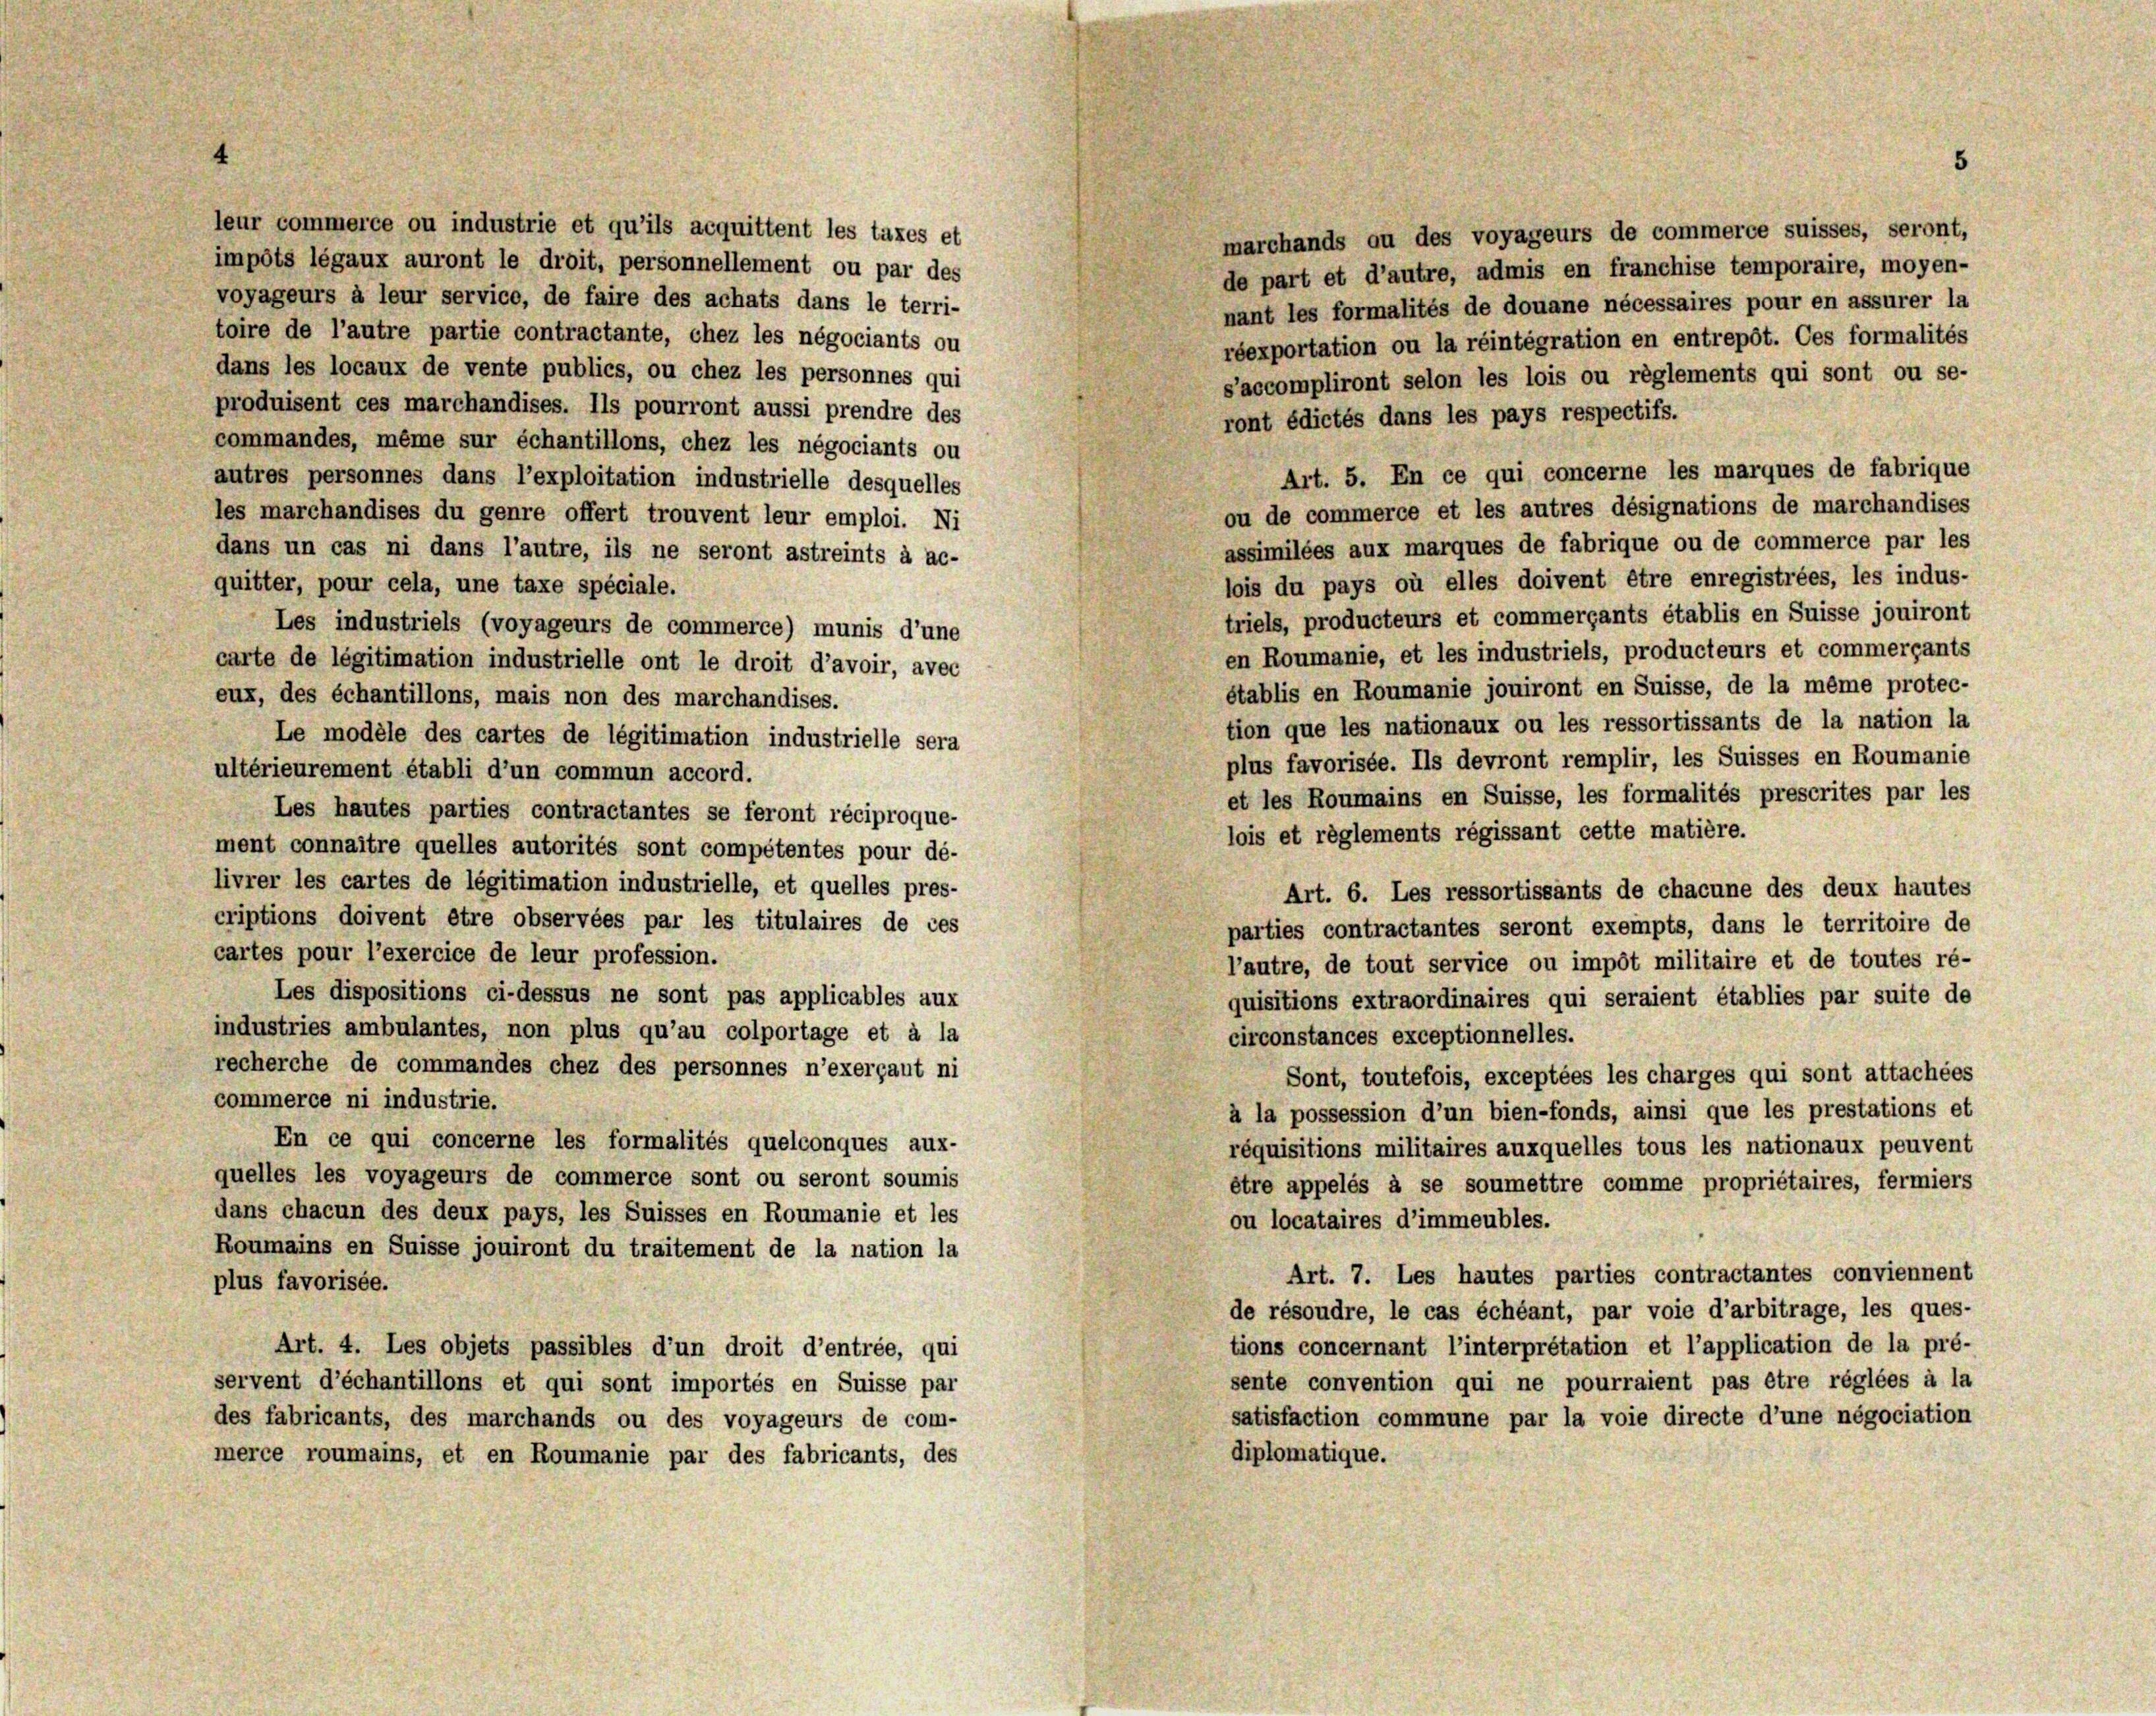
5

leur commerce ou industrie et qu’ils acquittent les taxes et
impôts légaux auront le droit, personnellement ou par des
voyageurs à leur service, de faire des achats dans le terri-
toire de l’autre partie contractante, chez les négociants ou
dans les locaux de vente publics, ou chez les personnes qui
produisent ces marchandises. Ils pourront aussi prendre des
ront édictés dans les pays respectifs.
commandes, même sur échantillons, chez les négociants ou
Art. 5. En ce qui concerne les marques de fabrique
autres personnes dans l’exploitation industrielle desquelles
ou de commerce et les autres désignations de marchandises
les marchandises du genre offert trouvent leur emploi. Ni
assimilées aux marques de fabrique ou de commerce par les
dans un cas ni dans l’autre, ils ne seront astreints à ac-
lois du pays où elles doivent être enregistrées, les indus-
quitter, pour cela, une taxe spéciale.
triels, producteurs et commergants établis en Suisse jouiront
Les industriels (voyageurs de commerce) munis d’une
en Roumanie, et les industriels, producteurs et commergants
carte de légitimation industrielle ont le droit d’avoir, avec
établis en Roumanie jouiront en Suisse, de la même protec-
eux, des échantillons, mais non des marchandises.
tion que les nationaux ou les ressortissants de la nation la
Le modèle des cartes de légitimation industrielle sera
plus favorisée. Ils devront remplir, les Suisses en Roumanie
ultérieurement établi d’un commun accord.
et les Roumains en Suisse, les formalités prescrites par les
Les hautes parties contractantes se feront réciproque-
lois et règlements régissant cette matière.
ment connaître quelles autorités sont compétentes pour dé-
livrer les cartes de légitimation industrielle, et quelles pres-
Art. 6. Les ressortissants de chacune des deux hautes
criptions doivent être observées par les titulaires de ces
parties contractantes seront exempts, dans le territoire de
cartes pour l’exercice de leur profession.
l’autre, de tout service ou impôt militaire et de toutes ré-
Les dispositions ci-dessus ne sont pas applicables aux
quisitions extraordinaires qui seraient établies par suite de
industries ambulantes, non plus qu’au colportage et à la
circonstances exceptionnelles.
recherche de commandes chez des personnes n’exerçaut ni
Sont, toutefois, exceptées les charges qui sont attachées
commerce ni industrie.
à la possession d’un bien-fonds, ainsi que les prestations et
En ce qui concerne les formalités quelconques aux-
réquisitions militaires auxquelles tous les nationaux peuvent
quelles les voyageurs de commerce sont ou seront soumis
être appelés à se soumettre comme propriétaires, fermiers
dans chacun des deux pays, les Suisses en Roumanie et les
ou locataires d’immeubles.
Roumains en Suisse jouiront du traitement de la nation la
Art. 7. Les hautes parties contractantes conviennent
plus favorisée.
de résoudre, le cas échéant, par voie d’arbitrage, les ques-
tions concernant l’interpretation et l’application de la pré-
Art. 4. Les objets passibles d’un droit d’entrée, qui
sente convention qui ne pourraient pas être réglées à la
servent d’échantillons et qui sont importés en Suisse par
satisfaction commune par la voie directe d’une négociation
des fabricants, des marchands ou des voyageurs de com-
diplomatique.
merce roumains, et en Roumanie par des fabricants, des

marchands ou des voyageurs de commerce suisses, seront,
de part et d’autre, admis en franchise temporaire, moyen-
nant les formalités de douane nécessaires pour en assurer la
réexportation ou la réintégration en entrepôt. Ces formalités
s’accompliront selon les lois ou règlements qui sont ou se-